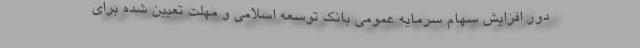
دور افزایش سهام سرمایه عمومی بانک توسعه اسلامی و مهلت تعیین شده برای